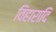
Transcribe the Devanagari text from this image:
विहारादि